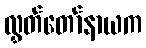
လွှတ်တော်နာယက